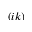
( i k )